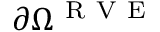
\partial \Omega ^ { \mathrm { ~ R ~ V ~ E ~ } }